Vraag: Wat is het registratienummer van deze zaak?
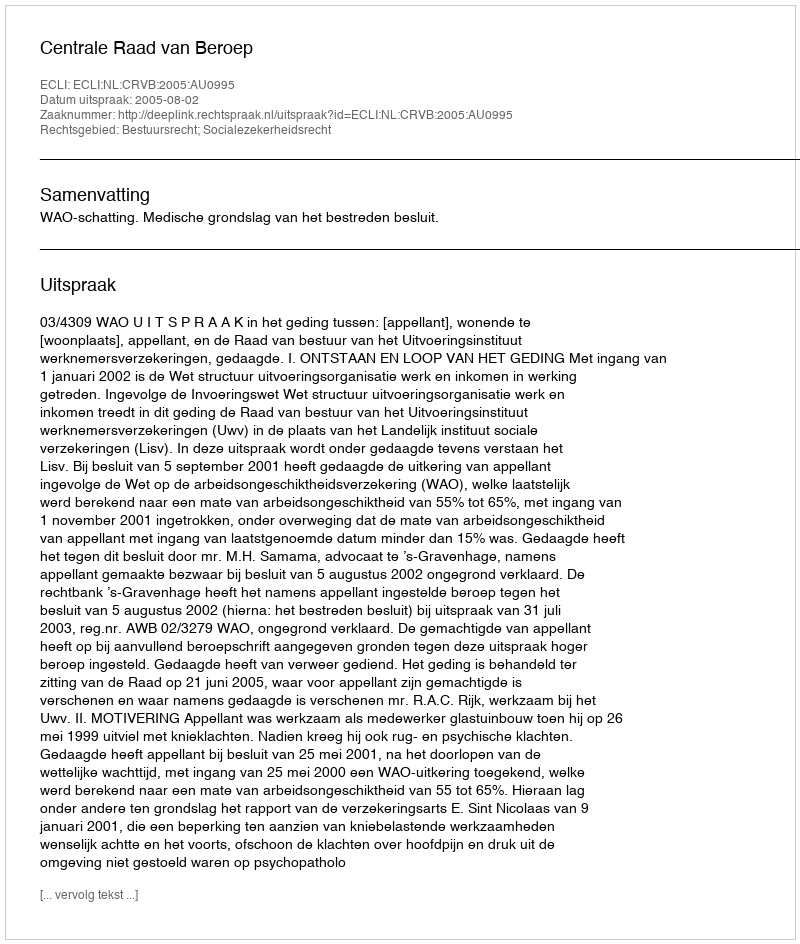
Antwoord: http://deeplink.rechtspraak.nl/uitspraak?id=ECLI:NL:CRVB:2005:AU0995